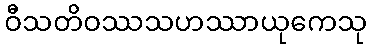
ဝီသတိဝဿသဟဿာယုကေသု